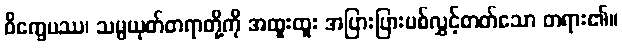
ဝိက္ခေပဿ၊ သမ္ပယုတ်တရာတို့ကို အထူးထူး အပြားပြားပစ်လွှင့်တတ်သော တရား၏။